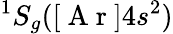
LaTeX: ^1S_{g}([\mathrm{~A~r~}]4s^{2})